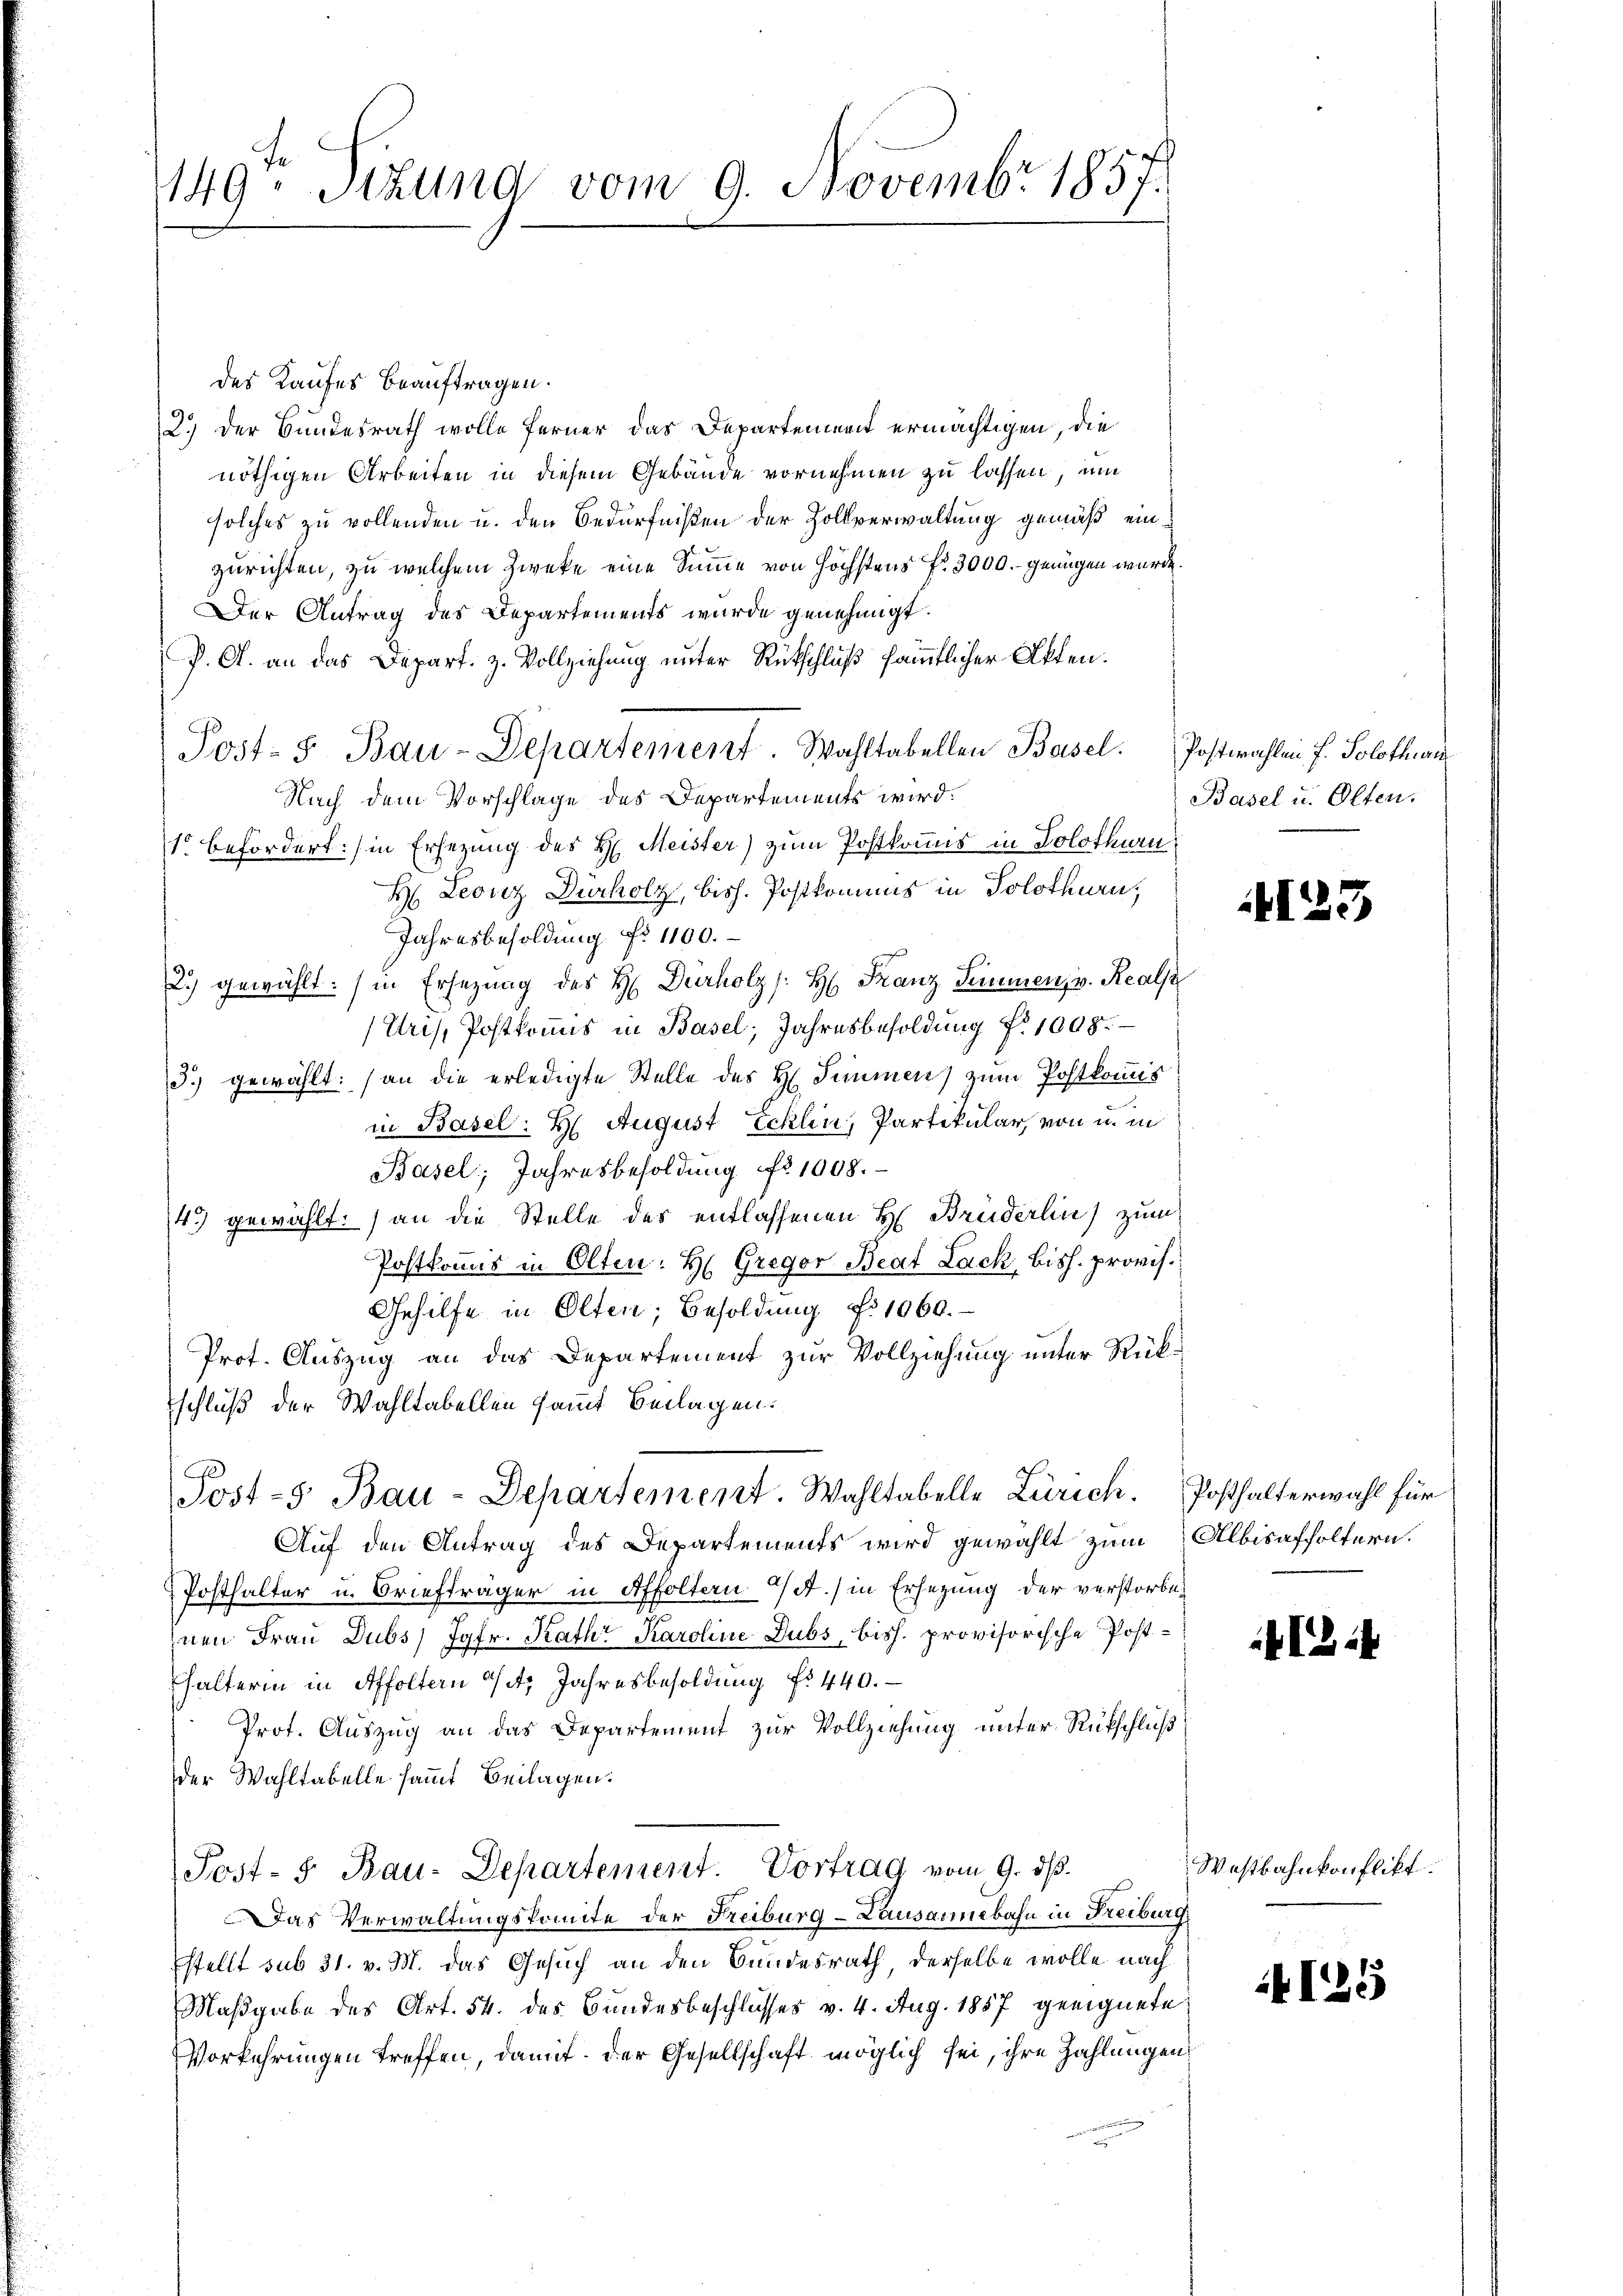
149, Schund vom 9. Novembr 1857.

des Kaufes beauftragen.
2.) Der Bundesrath wolle ferner das Departenweit ermächtigen, die
nöthigen Arbeiten in diesem Gebäude vornehmen zu lassen, um
solches zu vollenden u. den Bedürfnißen der Zollverwaltung gemäß einzurichten, zu welchem Zweke eine Summe von höchstens Fr. 3000.- genügen wurde.
Der Antrag des Departements wurde genehmigt.
P. G. an das Depart. z. Vollziehung unter Rütschluß sämmtlicher Akten.
Post- 5. Bau-Departement. Wahltabellen Basel. Postwahlen f. Solothurn
Nach dem Vorschlage des Departements wird:
1 befördert:/ in Ersezung des H. Meister) zum Postkommis in Solothurn
H. Leonz Durholz, bish. Postkommnis in Solothurn,
Jahresbesoldung No 1100.
2.) gewählt. (in Ersezung des H. Dürholz /: H: Franz Simmen, v. Reals
Uris, Postkommis in Basel, Jahresbesoldung Nr. 1008.
3.) gewählt: (an die erledigte Stelle des H. Simmen) zum Postkommis
in Basel: H. August Ecklen, Partikular, von u. in
Basel; Jahresbesoldung No 1008.
43 gewählt: (an die Stelle des entlassenen H. Bruderlin zum
Postkommis in Olten: H. Gregor Beat Lack, bish. provis.
Gehilfe in Olten; Besoldung No 1060.
Prot. Auszug an das Departement zur Vollziehung unter Rükschluß der Wahltabellen sammt Beilagen.
Post-5. Bau-Departement. Wahltabelle Zürich. Posthalterwahl für
Auf den Antrag des Departements wird gewählt zum Albisaffoltern.
Posthalter u. Briefträger in Affoltern a/A.) in Ersezung der verstorbenen Frau Dubs Jgfr. Kathr Karoline Dubs, bish. provisorische Posthalterin in Affoltern 14. Jahresbesoldung f. 440.
Prot. Auszug an das Departement zur Vollziehung unter Rückschluß
der Wahltabelle sammt Beilagen.
Post- 5. Bau-Departement. Vortrag vom 9. dβ.
Das Verwaltungskomite der Freiburg-Lausannebahn in Freiburg
Estellt sub 31. v. M. das Gesuch an den Bundesrath, derselbe wolle nach
Maßgabe des Art. 54. des Bundesbeschlusses v. 4. Aug. 1857 geeignete
VVorkehrungen treffen, damit der Gesellschaft möglich sei, ihre Zahlungen

Basel u. Olten.

123

1324

Westbahnkonflikt.

125